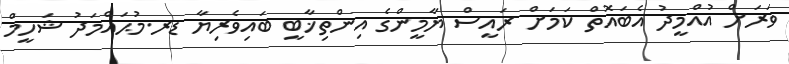
ވަރަށް އުއްމީދު އެބައޮތް ކަމަށް ރައީސް ޔާމީންގެ އިންތިޚާބީ ބައިވެރިޔާ ޑރ.މުޙައްމަދު ޝަހީމް